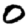
Digit: 0